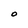
Character: O